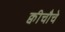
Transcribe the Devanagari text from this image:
क्वीचौचे